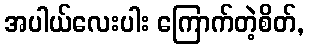
အပါယ်လေးပါး ကြောက်တဲ့စိတ်,